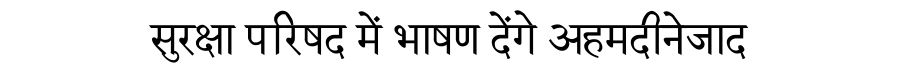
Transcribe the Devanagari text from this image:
सुरक्षा परिषद में भाषण देंगे अहमदीनेजाद